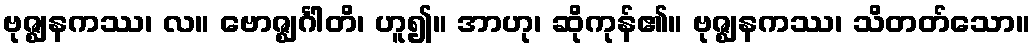
ဗုဇ္ဈနကဿ၊ လ။ ဗောဇ္ဈင်္ဂါတိ၊ ဟူ၍။ အာဟု၊ ဆိုကုန်၏။ ဗုဇ္ဈနကဿ၊ သိတတ်သော။